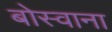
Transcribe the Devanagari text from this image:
बोस्वाना